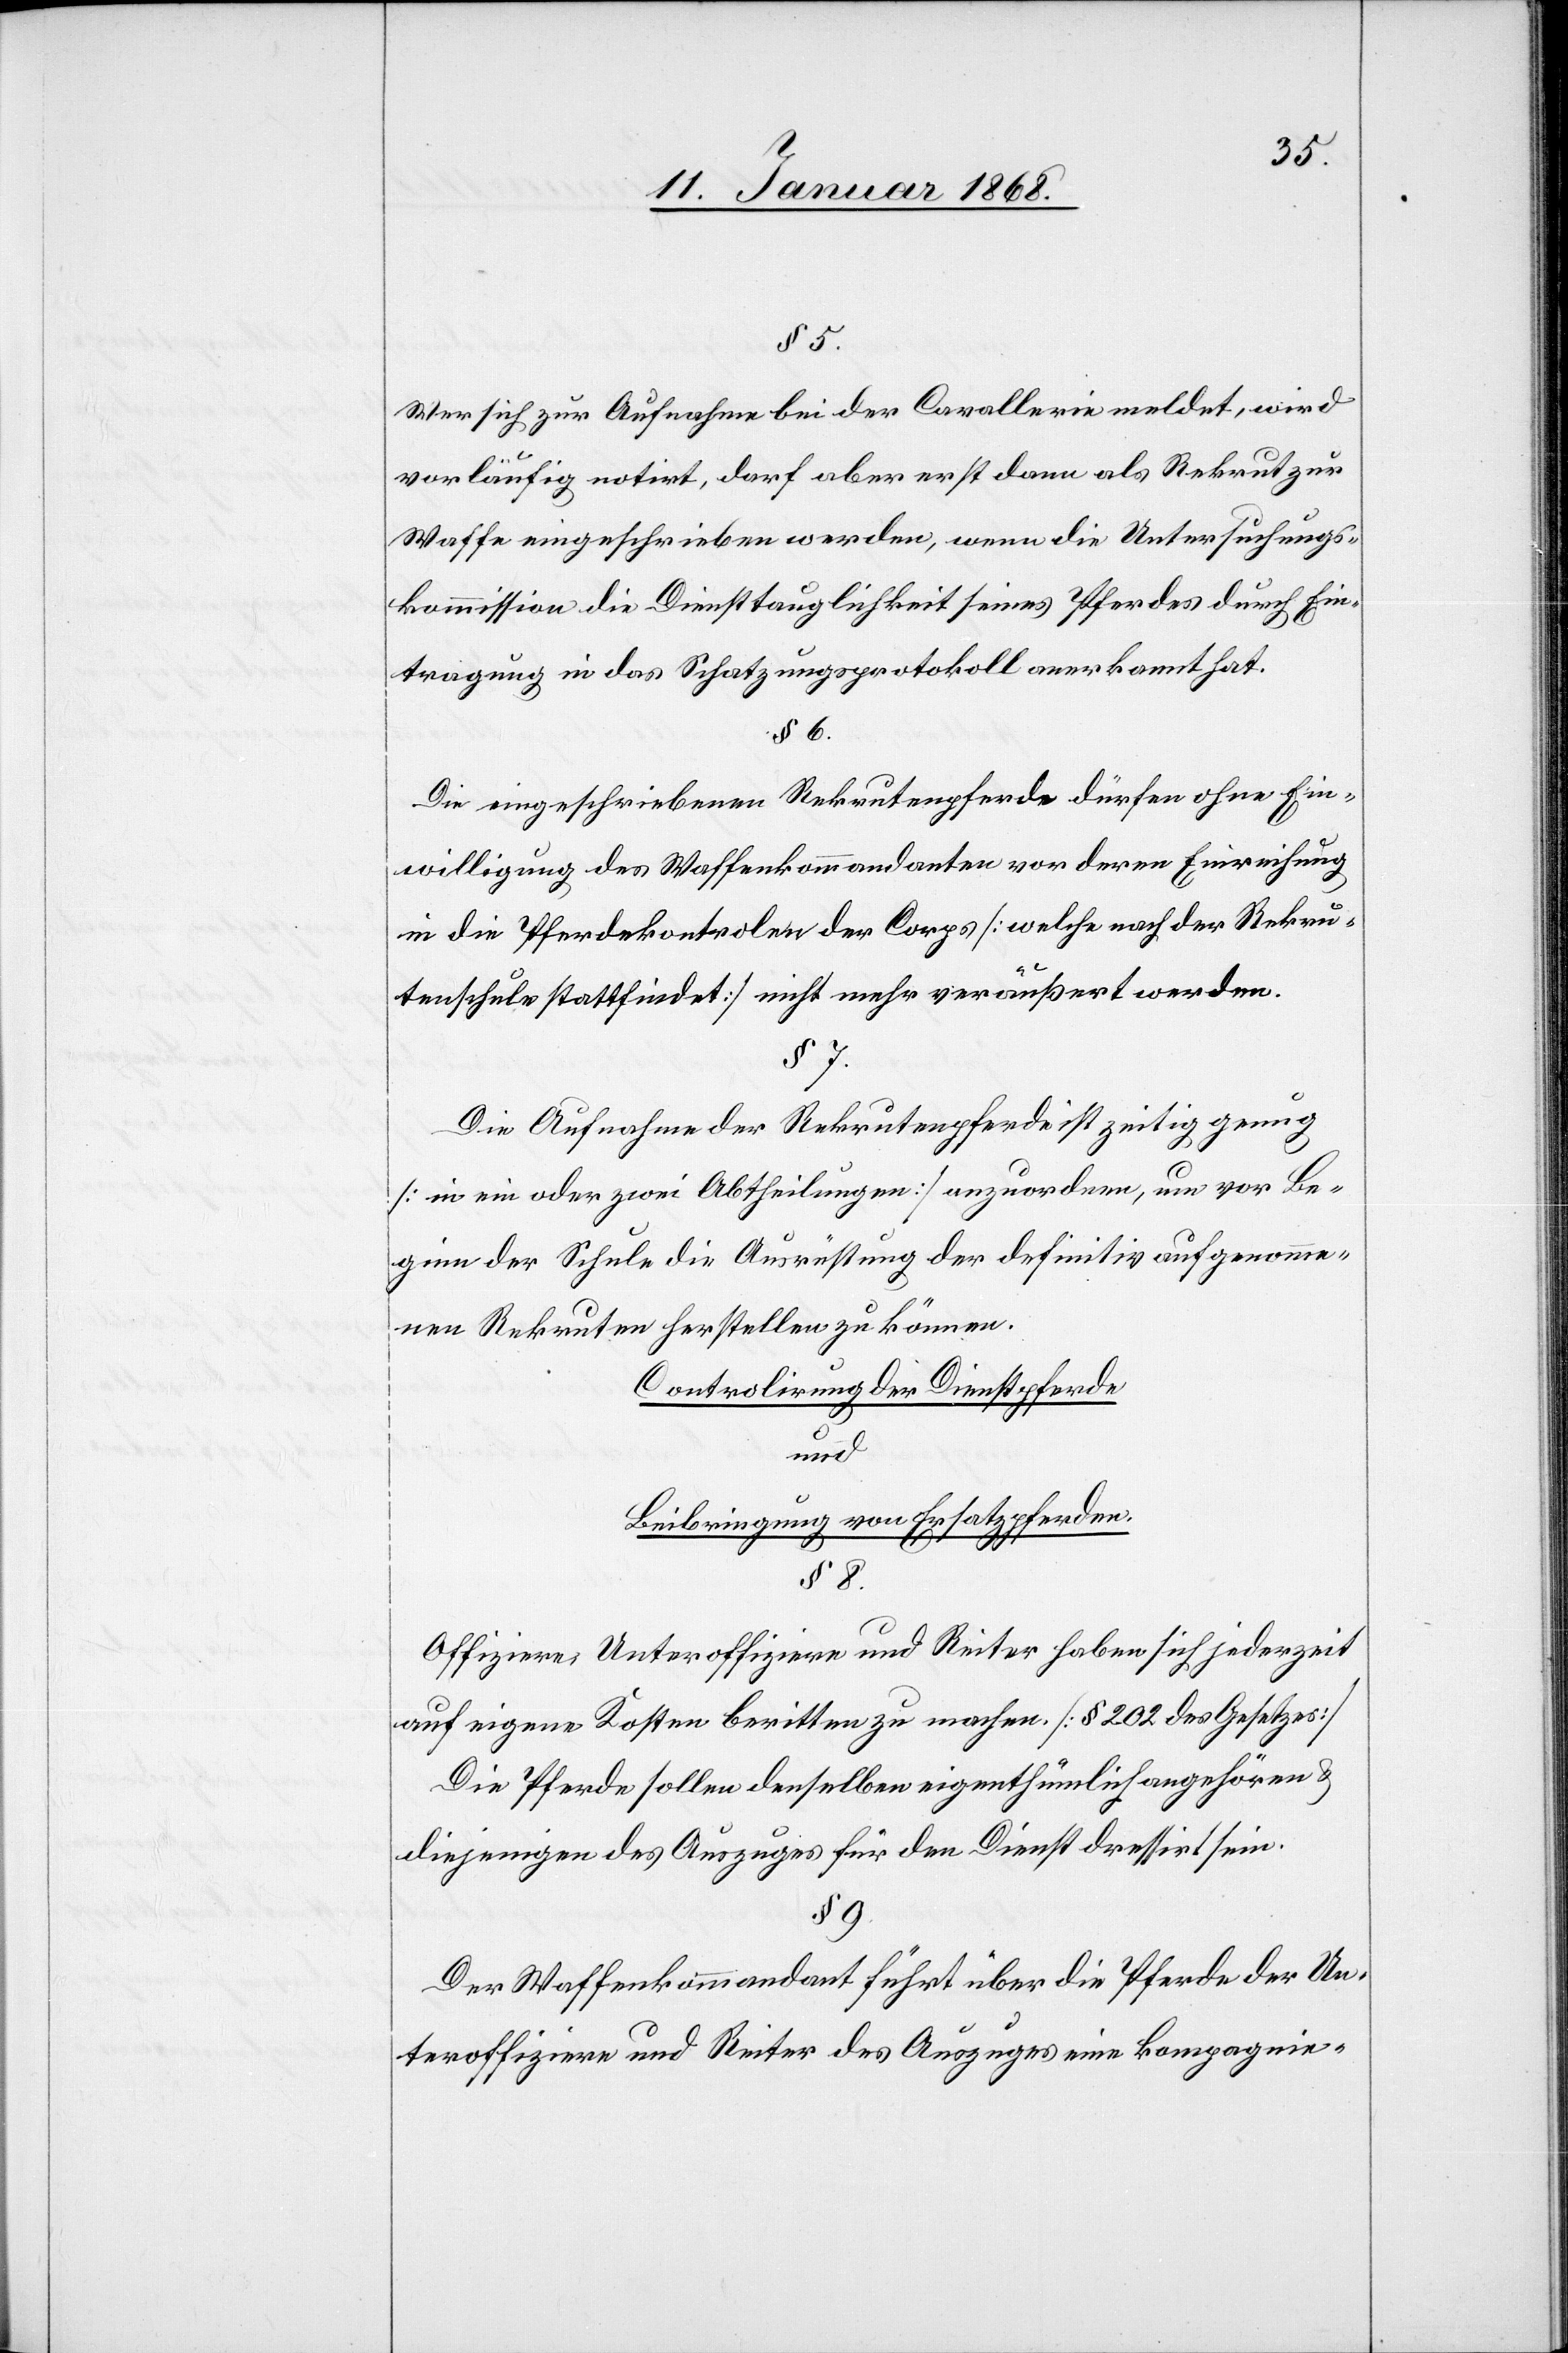
§ 5.
Wer sich zur Aufnahme bei der Cavallerie meldet, wird
vorläufig notirt, darf aber erst dann als Rekrut zur
Waffe eingeschrieben werden, wenn die Untersuchungs¬
kommission die Diensttauglichkeit seines Pferdes durch Ein¬
tragung in das Schatzungsprotokoll anerkannt hat.
§ 6.
Die eingeschriebenen Rekrutenpferde dürfen ohne Ein¬
willigung des Waffenkommandanten vor deren Einreihung
in die Pferdekontrolen der Corps [welche nach der Rekru¬
tenschule stattfindet] nicht mehr veräußert werden.
§ 7.
Die Aufnahme der Rekrutenpferde ist zeitig genug
8.
[in ein oder zwei Abtheilungen] anzuordnen, um vor Be¬
ginn der Schule die Ausrüstung der definitiv aufgenomme¬
nen Rekruten herstellen zu können.
Controlirung der Dienstpferde
und
Beibringung von Ersatzpferden.
Offiziere, Unteroffiziere und Reiter haben sich jederzeit
auf eigene Kosten beritten zu machen. [§ 202 des Gesetzes]
Die Pferde sollen denselben eigenthümlich angehören &
diejenigen des Auszuges für den Dienst dressirt sein.
§ 9.
Der Waffenkommandant führt über die Pferde der Un¬
teroffiziere und Reiter des Auszuges eine kompagnie-